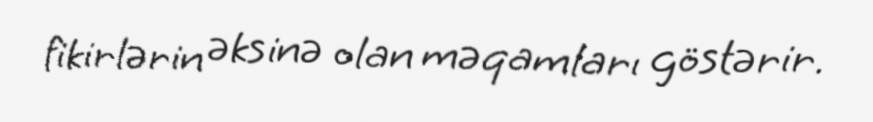
fikirlərin əksinə olan məqamları göstərir.